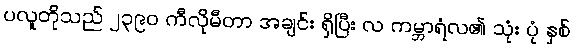
ပလူတိုသည် ၂၃၉၀ ကီလိုမီတာ အချင်း ရှိပြီး လ ကမ္ဘာရံလ၏ သုံး ပုံ နှစ်